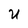
Character: U